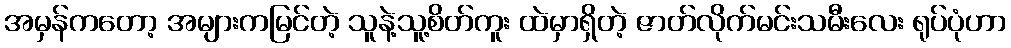
အမှန်ကတော့ အများကမြင်တဲ့ သူနဲ့သူ့စိတ်ကူး ထဲမှာရှိတဲ့ ဇာတ်လိုက်မင်းသမီးလေး ရုပ်ပုံဟာ